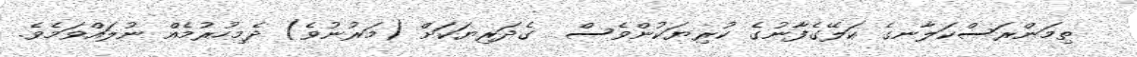
ތިމަންރަސްކަލާނގެ ކަލޭގެފާނުގެ ކުރިޔަކުންވެސް  ގެދަރިޔަކަށް (މަރުނުވެ) ދެމިހުރުމެއް ނުލައްވަމެވެ.